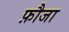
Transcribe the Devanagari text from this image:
फ़ौजा